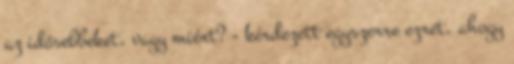
az idősebbeket, vagy miért? - kérdezett egyszerre ezret, ahogy